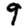
Digit: 9